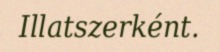
Illatszerként.